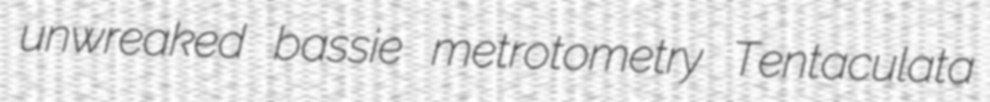
unwreaked bassie metrotometry Tentaculata